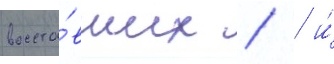
восста́вших /  и́